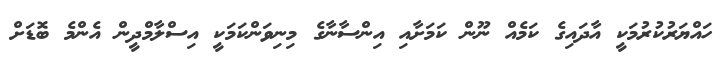
ހައްޔަރުކުރުމަކީ އާދައިގެ ކަމެއް ނޫން ކަމަށާއި އިންސާނާގެ މިނިވަންކަމަކީ އިސްލާމްދީން އެންމެ ބޮޑަށް